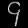
Digit: ၄